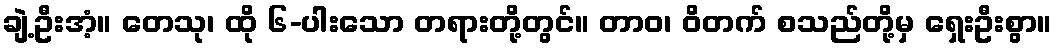
ချဲ့ဦးအံ့။ တေသု၊ ထို ၆-ပါးသော တရားတို့တွင်။ တာဝ၊ ဝိတက် စသည်တို့မှ ရှေးဦးစွာ။